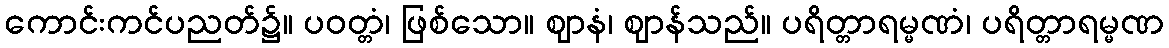
ကောင်းကင်ပညတ်၌။ ပဝတ္တံ၊ ဖြစ်သော။ ဈာနံ၊ ဈာန်သည်။ ပရိတ္တာရမ္မဏံ၊ ပရိတ္တာရမ္မဏ